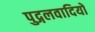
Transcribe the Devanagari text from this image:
पुद्गलवादियों